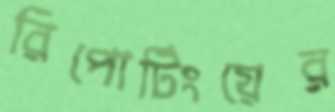
রিপোর্টিংয়ের